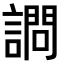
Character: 𫍋